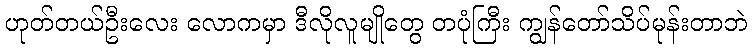
ဟုတ်တယ်ဦးလေး လောကမှာ ဒီလိုလူမျိုတွေ တပုံကြီး ကျွန်တော်သိပ်မုန်းတာဘဲ